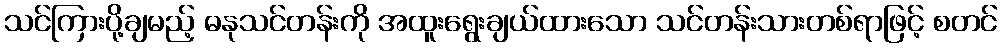
သင်ကြားပို့ချမည့် ဓနုသင်တန်းကို အထူးရွေးချယ်ထားသော သင်တန်းသားတစ်ရာဖြင့် စတင်